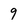
Character: 9